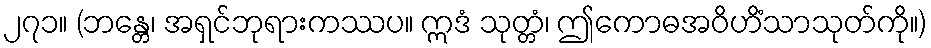
၂၇၁။ (ဘန္တေ၊ အရှင်ဘုရားကဿပ။ ဣဒံ သုတ္တံ၊ ဤကောဓအဝိဟိံသာသုတ်ကို။)